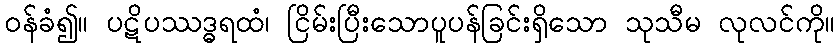
ဝန်ခံ၍။ ပဋိပဿဒ္ဓရထံ၊ ငြိမ်းပြီးသောပူပန်ခြင်းရှိသော သုသီမ လုလင်ကို။